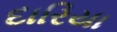
દારિયા